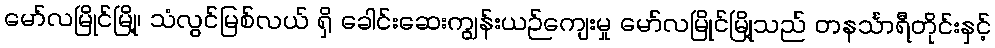
မော်လမြိုင်မြို့၊ သံလွင်မြစ်လယ် ရှိ ခေါင်းဆေးကျွန်းယဉ်ကျေးမှု မော်လမြိုင်မြို့သည် တနင်္သာရီတိုင်းနှင့်